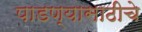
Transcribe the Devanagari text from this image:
पाडण्यासाठीचे